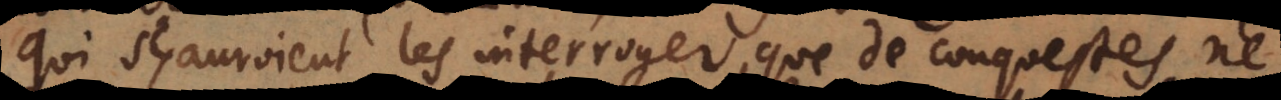
qui sçauroient les interroger, que de conquestes ne